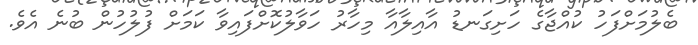
ބެލުމަށްފަހު ކުއްޖާގެ ހަށިގަނޑު އާއިލާއާ މިހާރު ހަވާލުކޮށްފައިވާ ކަމަށް ފުލުހުން ބުނެ އެވެ.